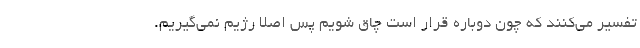
تفسیر می‌کنند که چون دوباره قرار است چاق شویم پس اصلا رژیم نمی‌گیریم.